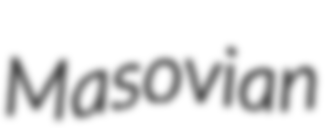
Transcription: Masovian